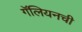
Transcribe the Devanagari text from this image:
गॅलियनची